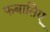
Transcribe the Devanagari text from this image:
फबासिए